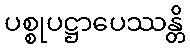
ပစ္စုပဋ္ဌာပေဿန္တိ